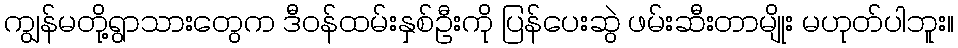
ကျွန်မတို့ရွာသားတွေက ဒီဝန်ထမ်းနှစ်ဦးကို ပြန်ပေးဆွဲ ဖမ်းဆီးတာမျိုး မဟုတ်ပါဘူး။